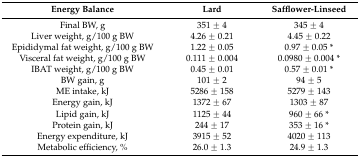
<table><thead><tr><td><b>Energy Balance</b></td><td><b>Lard</b></td><td><b>Safflower-Linseed</b></td></tr></thead><tbody><tr><td>Final BW, g</td><td>351 ± 4</td><td>345 ± 4</td></tr><tr><td>Liver weight, g/100 g BW</td><td>4.26 ± 0.21</td><td>4.45 ± 0.22</td></tr><tr><td>Epididymal fat weight, g/100 g BW</td><td>1.22 ± 0.05</td><td>0.97 ± 0.05 *</td></tr><tr><td>Visceral fat weight, g/100 g BW</td><td>0.111 ± 0.004</td><td>0.0980 ± 0.004 *</td></tr><tr><td>IBAT weight, g/100 g BW</td><td>0.45 ± 0.01</td><td>0.57 ± 0.01 *</td></tr><tr><td>BW gain, g</td><td>101 ± 2</td><td>94 ± 5</td></tr><tr><td>ME intake, kJ</td><td>5286 ± 158</td><td>5279 ± 143</td></tr><tr><td>Energy gain, kJ</td><td>1372 ± 67</td><td>1303 ± 87</td></tr><tr><td>Lipid gain, kJ</td><td>1125 ± 44</td><td>960 ± 66 *</td></tr><tr><td>Protein gain, kJ</td><td>244 ± 17</td><td>353 ± 16 *</td></tr><tr><td>Energy expenditure, kJ</td><td>3915 ± 52</td><td>4020 ± 113</td></tr><tr><td>Metabolic efficiency, %</td><td>26.0 ± 1.3</td><td>24.9 ± 1.3</td></tr></tbody></table>